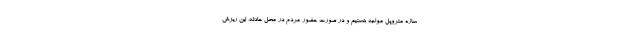
سازه متروپل مواجه هستیم و در صورت حضور مردم در محل حادثه، این ریزش